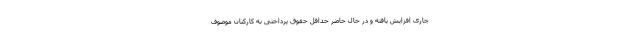
جاری افزایش یافته و در حال حاضر حداقل حقوق پرداختی به کارکنان موصوف